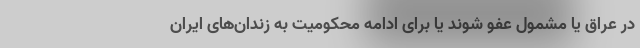
در عراق یا مشمول عفو شوند یا برای ادامه محکومیت به زندان‌های ایران